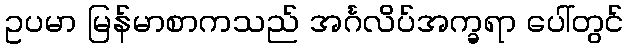
ဥပမာ မြန်မာစာကသည် အင်္ဂလိပ်အက္ခရာ ပေါ်တွင်